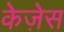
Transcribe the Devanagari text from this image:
केज़ेस